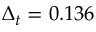
\Delta _ { t } = 0 . 1 3 6